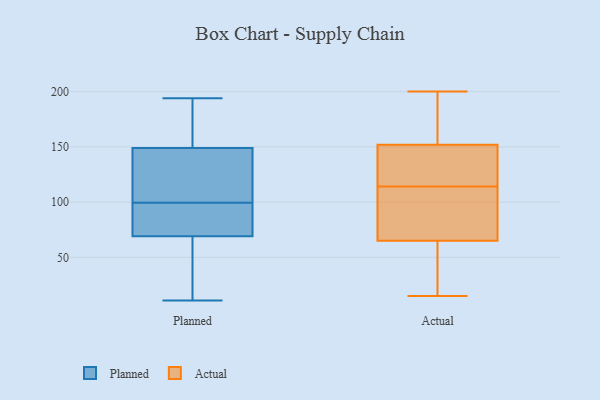
{"axis": {"x": "Gross Profit (USD K)", "y": "Value"}, "legend": ["Actual", "Planned"], "data": [{"x": "", "y": 194, "type": "Planned"}, {"x": "", "y": 11, "type": "Planned"}, {"x": "", "y": 36, "type": "Planned"}, {"x": "", "y": 37, "type": "Planned"}, {"x": "", "y": 35, "type": "Planned"}, {"x": "", "y": 105, "type": "Planned"}, {"x": "", "y": 75, "type": "Planned"}, {"x": "", "y": 103, "type": "Planned"}, {"x": "", "y": 69, "type": "Planned"}, {"x": "", "y": 189, "type": "Planned"}, {"x": "", "y": 71, "type": "Planned"}, {"x": "", "y": 149, "type": "Planned"}, {"x": "", "y": 87, "type": "Planned"}, {"x": "", "y": 96, "type": "Planned"}, {"x": "", "y": 130, "type": "Planned"}, {"x": "", "y": 113, "type": "Planned"}, {"x": "", "y": 186, "type": "Planned"}, {"x": "", "y": 150, "type": "Planned"}, {"x": "", "y": 65, "type": "Actual"}, {"x": "", "y": 109, "type": "Actual"}, {"x": "", "y": 46, "type": "Actual"}, {"x": "", "y": 153, "type": "Actual"}, {"x": "", "y": 133, "type": "Actual"}, {"x": "", "y": 152, "type": "Actual"}, {"x": "", "y": 27, "type": "Actual"}, {"x": "", "y": 185, "type": "Actual"}, {"x": "", "y": 114, "type": "Actual"}, {"x": "", "y": 194, "type": "Actual"}, {"x": "", "y": 62, "type": "Actual"}, {"x": "", "y": 69, "type": "Actual"}, {"x": "", "y": 15, "type": "Actual"}, {"x": "", "y": 114, "type": "Actual"}, {"x": "", "y": 113, "type": "Actual"}, {"x": "", "y": 200, "type": "Actual"}, {"x": "", "y": 122, "type": "Actual"}, {"x": "", "y": 140, "type": "Actual"}]}